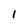
Character: 1